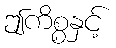
ဤကိစ္စနှင့်